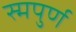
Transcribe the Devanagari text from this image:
स्मपुर्ण